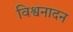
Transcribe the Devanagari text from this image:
विश्वनादन